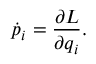
{ \dot { p } } _ { i } = { \frac { \partial L } { \partial q _ { i } } } .